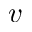
v